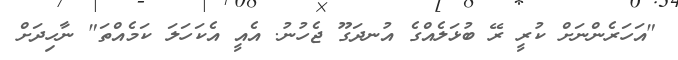
"އަހަރެންނަށް ކުރީ ރޭ ބުޅަލެއްގެ އުނދަގޫ ޖެހުނު. އެއީ އެކަހަލަ ކަމެއްތަ" ނާހިދަށް